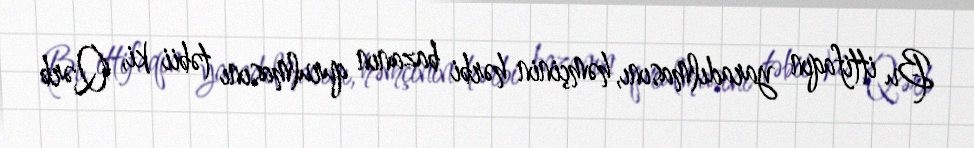
Bu ittifaqın yaradılmasını, həmçinin hərbi bazanın qurulmasını təbii ki, Qərb